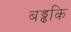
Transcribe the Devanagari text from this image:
बड्ढकि